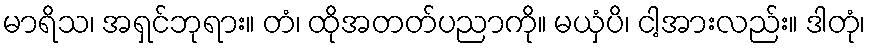
မာရိသ၊ အရှင်ဘုရား။ တံ၊ ထိုအတတ်ပညာကို။ မယှံပိ၊ ငါ့အားလည်း။ ဒါတုံ၊